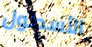
الأسطول